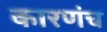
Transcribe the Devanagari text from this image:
कारणंच